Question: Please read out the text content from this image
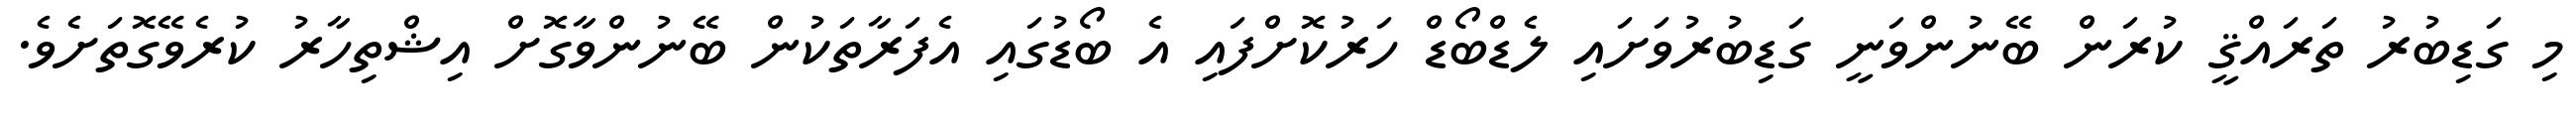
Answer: މި ގަޑިބުރު ތަރައްޤީ ކުރަން ބޭނުންވަނީ ގަޑިބުރުވަށައި ލެޑްބޯޑް ހަރުކޮށްފައި އެ ބޯޑުގައި އެފަރާތަކުން ބޭނުންވާގޮށް އިޝްތިހާރު ކުރެވޭގޮތަށެވެ.